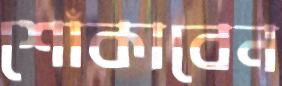
শোঁকাবেন